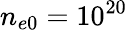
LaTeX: n_{e0}=10^{20}